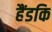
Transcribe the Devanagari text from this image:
हैंडकि